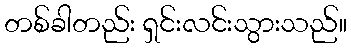
တစ်ခါတည်း ရှင်းလင်းသွားသည်။